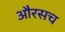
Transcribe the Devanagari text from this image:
औरसच